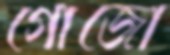
গোজো